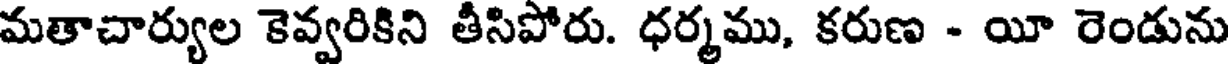
మతాచార్యుల కెవ్వరికిని తీసిపోరు. ధర్మము, కరుణ - యీ రెండును